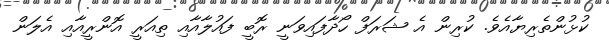
ކުޅުންތެރިޔާއެވެ. ކުރިން އެ ޝަރަފް ހޯދާފައިވަނީ ރޮބީ ފައުލާއާއި ތިއަރީ އޮންރީއާއި އެލަން